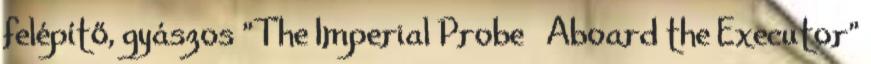
felépítő, gyászos "The Imperial Probe Aboard the Executor"